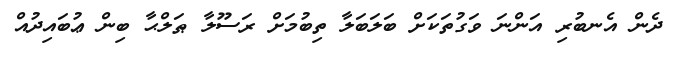
ދެން އެނބުރި އަންނަ ވަގުތަކަށް ބަލަބަލާ ތިބުމަށް ރަސޫލާ ޠަލްޙާ ބިން ޢުބައިދުއް